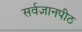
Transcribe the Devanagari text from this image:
सर्वज्ञानपीठ